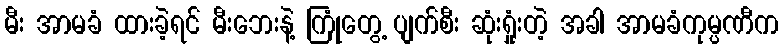
မီး အာမခံ ထားခဲ့ရင် မီးဘေးနဲ့ ကြုံတွေ့ ပျက်စီး ဆုံးရှုံးတဲ့ အခါ အာမခံကုမ္ပဏီက